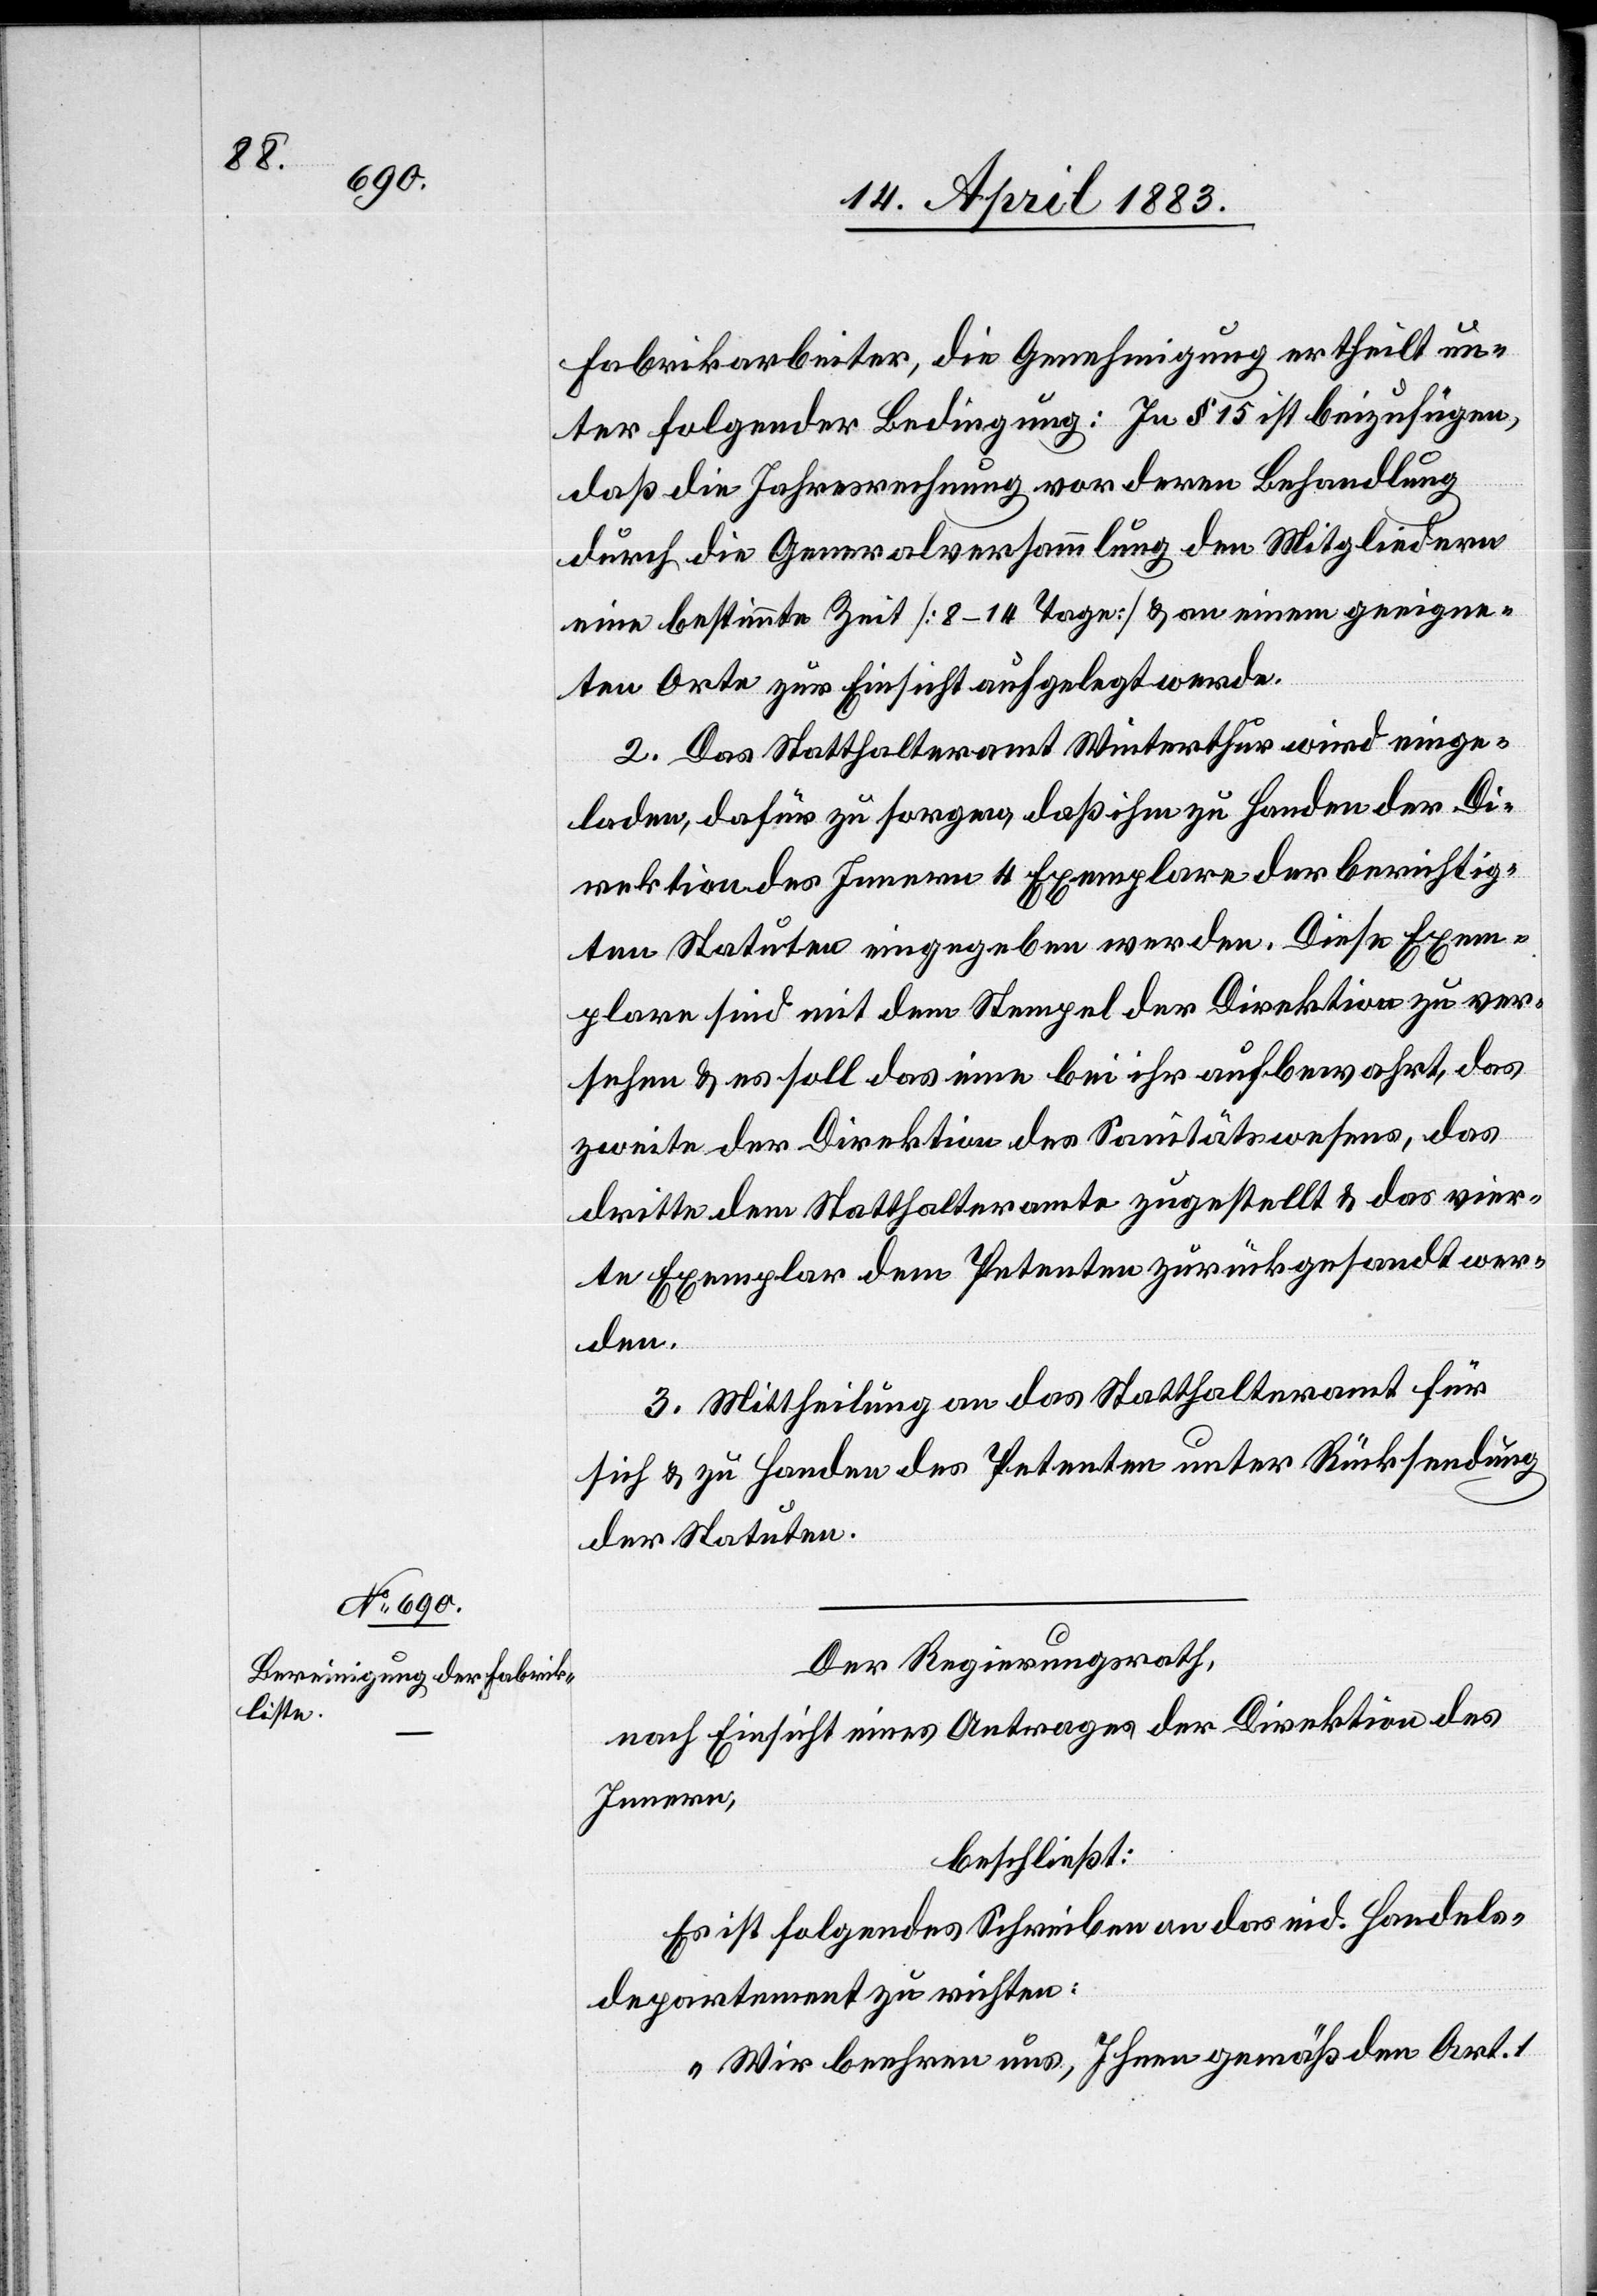
Fabrikarbeiter, die Genehmigung ertheilt un¬
ter folgender Bedingung: in § 15 ist beizufügen,
daß die Jahresrechnung von deren Behandlung
durch die Generalversammlung den Mitgliedern
eine bestimmte Zeit [8–14 Tage] & an einem geeigne¬
ten Orte zur Einsicht aufgelegt werde.
2. Das Statthalteramt Winterthur wird einge¬
laden, dafür zu sorgen, daß ihm zu Handen der Di¬
rektion des Innern 4 Exemplare der berichtig¬
ten Statuten eingegeben werden. Diese Exem¬
plare sind mit dem Stempel der Direktion zu ver¬
sehen & es soll das eine bei ihr aufbewahrt, das
andere der Direktion des Sanitätswesens, das
Dritte dem Statthalteramte zugestellt & das vier¬
te Exemplar dem Petenten zurückgesandt wer¬
den.
3. Mittheilung an das Statthalteramt für
sich & zu Handen des Petenten unter Rücksendung
der Statuten.
Der Regierungsrath,
nach Einsicht eines Antrages der Direktion des
Innern,
beschließt:
Es ist folgendes Schreiben an das eid. Handels¬
departement zu richten:
„Wir beehren uns, Ihnen gemäß den Art. 1